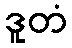
ဒူတံ